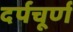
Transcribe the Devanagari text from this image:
दर्पचूर्ण